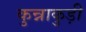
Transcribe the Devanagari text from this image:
कुन्नाकुड़ी